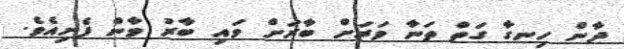
ދާން ހިނގާ ގަތް ތަނާ ވަރަށް ބާރަށް ވަައި ބާރު ވާން ފެށިއެވެ.